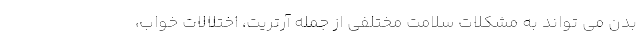
بدن می تواند به مشکلات سلامت مختلفی از جمله آرتریت، اختلالات خواب،